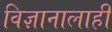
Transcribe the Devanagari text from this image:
विज्ञानालाही